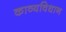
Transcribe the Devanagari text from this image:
काव्यविधान